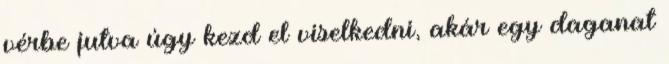
vérbe jutva úgy kezd el viselkedni, akár egy daganat